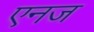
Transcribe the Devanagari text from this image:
एनज